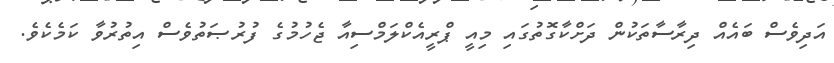
އަދިވެސް ބައެއް ދިރާސާތަކުން ދަށްކާގޮތުގައި މިއީ ޕްރީއެކްލަމްސިއާ ޖެހުމުގެ ފުރުޞަތުވެސް އިތުރުވާ ކަމެކެވެ.